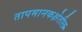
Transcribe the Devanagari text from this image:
तापमानकक्षेतील